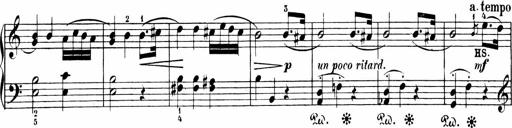
Title: 6 Sonatinas
Composer: Carl Reinecke